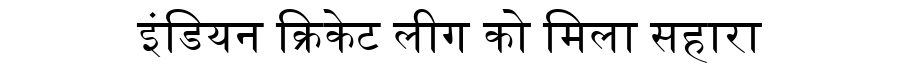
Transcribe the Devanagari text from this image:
इंडियन क्रिकेट लीग को मिला सहारा